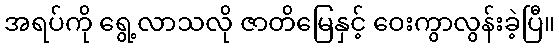
အရပ်ကို ရွေ့လာသလို ဇာတိမြေနှင့် ဝေးကွာလွန်းခဲ့ပြီ။